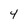
Character: 4